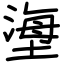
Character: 塰